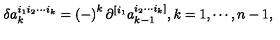
\delta a _ { k } ^ { i _ { 1 } i _ { 2 } \cdots i _ { k } } = \left( - \right) ^ { k } \partial ^ { [ i _ { 1 } } a _ { k - 1 } ^ { i _ { 2 } \cdots i _ { k } ] } , k = 1 , \cdots , n - 1 ,